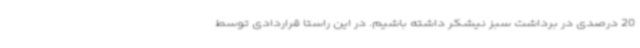
20 درصدی در برداشت سبز نیشکر داشته باشیم. در این راستا قراردادی توسط